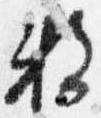
数